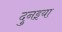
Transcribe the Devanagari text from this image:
दुनइया